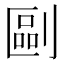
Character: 剾